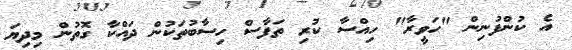
އެ ކުންފުނިން "ހަވީރާ" ހިއްސާ ކުރި ތަފާސް ހިސާބުތަކުން ދައްކާ ގޮތުން މިދިޔަ